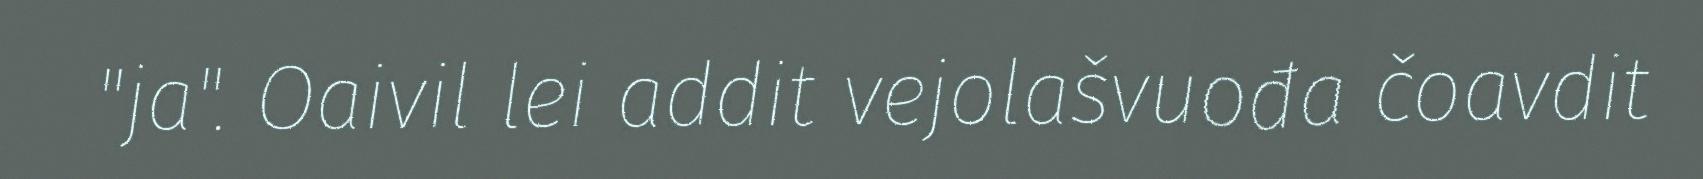
"ja". Oaivil lei addit vejolašvuođa čoavdit